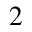
2